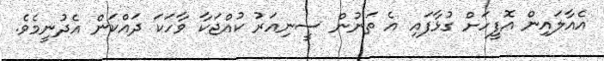
އެއާލައިން އޮފީހަށް ގުޅާފައި އެ ތަނުން ސީނިއަރު ކުއްޖަކާ ވާހަކަ ދައްކަން އެދުނީމެވެ.